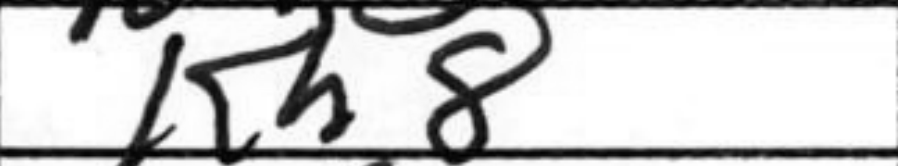
Transcription: Kh8